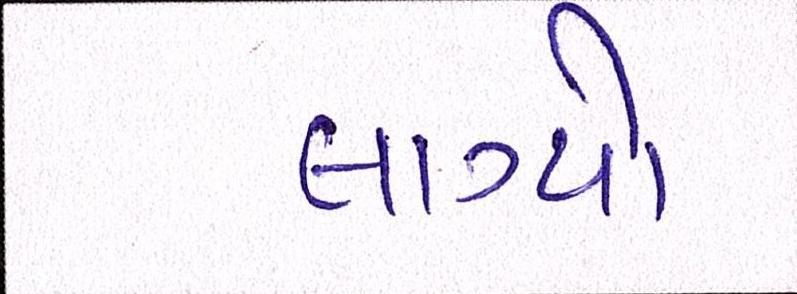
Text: લાગ્યો